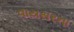
વાયસરના